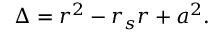
\Delta = r ^ { 2 } - r _ { s } r + a ^ { 2 } .